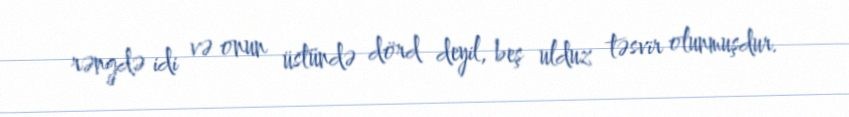
rəngdə idi və onun üstündə dörd deyil, beş ulduz təsvir olunmuşdur.